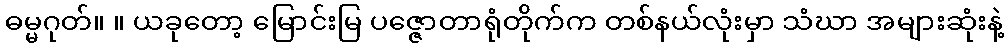
ဓမ္မဂုတ်။ ။ ယခုတော့ မြောင်းမြ ပဇ္ဇောတာရုံတိုက်က တစ်နယ်လုံးမှာ သံဃာ အများဆုံးနဲ့